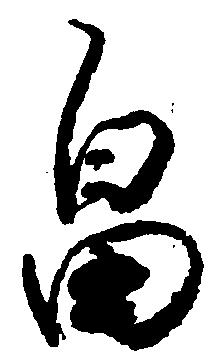
畠